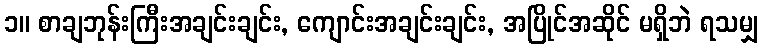
၁။ စာချဘုန်းကြီးအချင်းချင်း, ကျောင်းအချင်းချင်း, အပြိုင်အဆိုင် မရှိဘဲ ရသမျှ